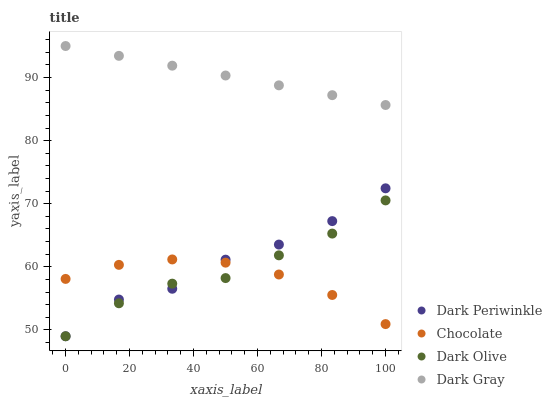
| xaxis_label | Dark Periwinkle | Chocolate | Dark Olive | Dark Gray |
 | --- | --- | --- | --- | --- |
 | 0 | 49 | 58.1 | 49 | 95 |
 | 16.7 | 54.8 | 60.3 | 54.2 | 93.4 |
 | 33.3 | 56.5 | 61.2 | 57.3 | 91.9 |
 | 50 | 61.1 | 60.7 | 58.2 | 90.3 |
 | 66.7 | 63.5 | 58.8 | 61.8 | 88.8 |
 | 83.3 | 67.2 | 55.5 | 65.3 | 87.2 |
 | 100 | 72.4 | 50.9 | 70.5 | 85.7 |